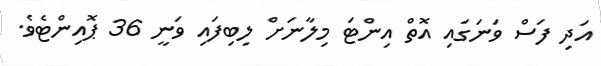
އަދި ފަސް ވަނަގައި އޮތް އިންޓަ މިލާނަށް ލިބިފައި ވަނީ 36 ޕޮއިންޓެވެ.